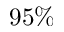
9 5 \%